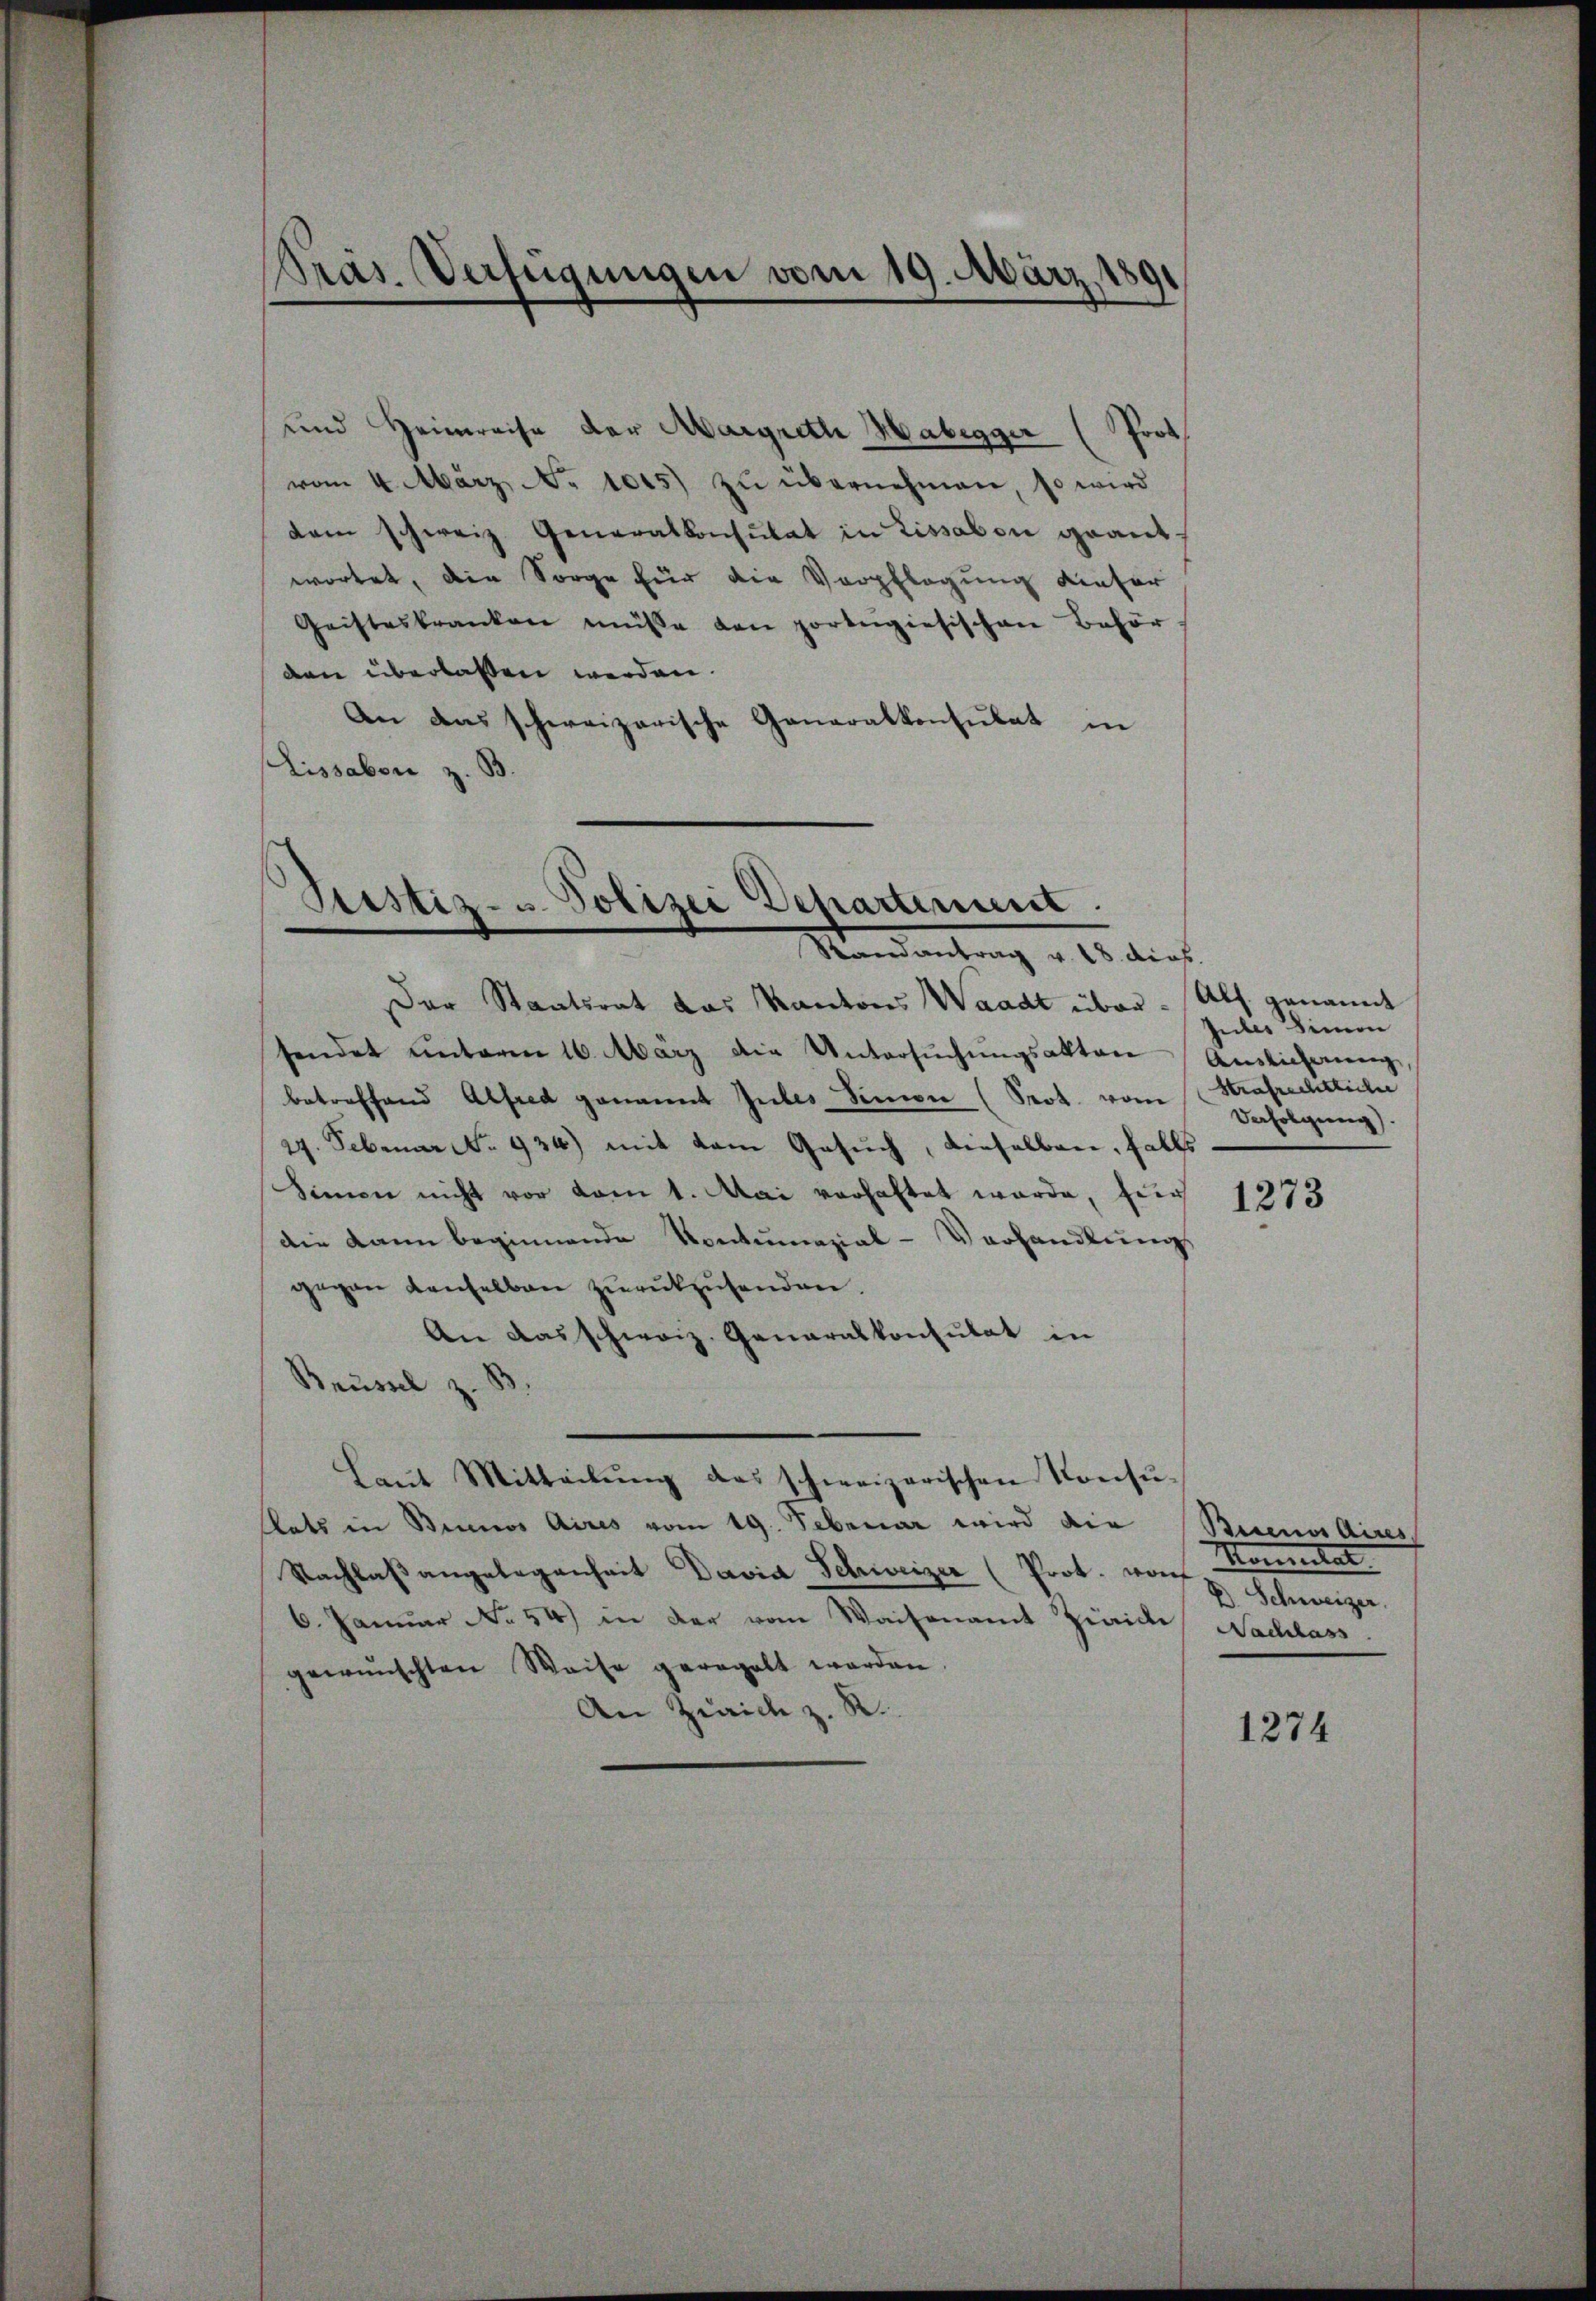
und Heimreise der Margreth Habegger (Prot
vom 4. März. No 1015) zŭ übernehmen, so wird
dam schweiz. Generalkonsulat in Lissabon geant-
wortet, die Sorge für die Verpflegung dieser
Geisteskranken müsse den porteigiesischen Behör-
den überlassen werden.
An das schweizerische Generalkonsulat in
Lissabon z. B.

Präs. Verfügungen vom 19. März, 1891

Justiz- u. Polizei Departinum.
Randantrag v. 18. ders.

Der Staatsrat das Kantons Waadt über. Als genannt
sendet unterm 16. März die Untersŭchŭngsakten Auslieferung,
betreffend Alfred genannt Gutes Simon (Prot. vom Strafrechtliche
27. Februar No. 934) mit dem Gesuch, dieselben, falls
Simen nicht vor vom 1. Mai verhaftet wurde, für
die kann beginnende Kontumazial-Verhandlung,
gegen denselben zŭrückzusenden.
An das schweiz. Generalkonsulat in
Brüssel z. B
Laŭt Mitteilŭng das schweizerischen Konsŭ-
flats in Binnos Aires vom 19. Februar wird die Buenos Aires,
Nachlaßangelegenheit David Schweizer (Prot. wo
x
6. Januar No 54) in der vom Waisenamt Zinides Nachlass
gewünschten Weise geregelt worden.
An Zürich z. R.

Jules Dimon
Vefolgung).

1273

Momentar
c. Schweizer.

1274